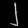
Digit: ၂